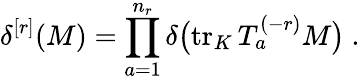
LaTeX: \delta^{[r]}(M)=\prod_{a=1}^{n_{r}}\delta\big(\mathrm{tr}_{K}\, T_{a}^{(-r)}M\big)\ .